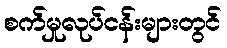
စက်မှုလုပ်ငန်းများတွင်